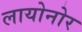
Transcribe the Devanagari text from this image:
लायोनोर